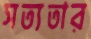
সত্যতার